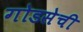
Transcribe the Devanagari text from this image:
गोडसेची